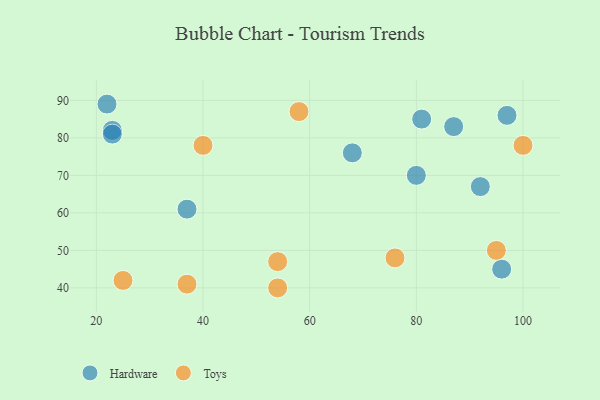
{"axis": {"x": "GDP", "y": "Life Expectancy"}, "legend": ["Hardware", "Toys"], "data": [{"x": "80", "y": 70, "type": "Hardware"}, {"x": "23", "y": 82, "type": "Hardware"}, {"x": "68", "y": 76, "type": "Hardware"}, {"x": "96", "y": 45, "type": "Hardware"}, {"x": "22", "y": 89, "type": "Hardware"}, {"x": "92", "y": 67, "type": "Hardware"}, {"x": "97", "y": 86, "type": "Hardware"}, {"x": "81", "y": 85, "type": "Hardware"}, {"x": "37", "y": 61, "type": "Hardware"}, {"x": "87", "y": 83, "type": "Hardware"}, {"x": "23", "y": 81, "type": "Hardware"}, {"x": "100", "y": 78, "type": "Toys"}, {"x": "76", "y": 48, "type": "Toys"}, {"x": "37", "y": 41, "type": "Toys"}, {"x": "58", "y": 87, "type": "Toys"}, {"x": "40", "y": 78, "type": "Toys"}, {"x": "95", "y": 50, "type": "Toys"}, {"x": "25", "y": 42, "type": "Toys"}, {"x": "54", "y": 40, "type": "Toys"}, {"x": "54", "y": 47, "type": "Toys"}]}